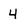
Character: 4